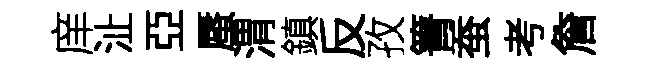
庠沚亞蜃渭鎮反孜箐蚕考詹